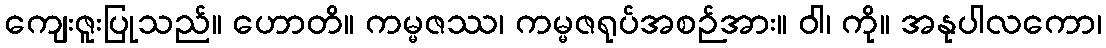
ကျေးဇူးပြုသည်။ ဟောတိ။ ကမ္မဇဿ၊ ကမ္မဇရုပ်အစဉ်အား။ ဝါ၊ ကို။ အနုပါလကော၊